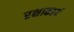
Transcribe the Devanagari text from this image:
रक्षाकार्य